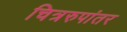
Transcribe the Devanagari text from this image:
चित्ररुपांतर